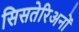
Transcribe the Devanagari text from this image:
सिसतेरिअनों